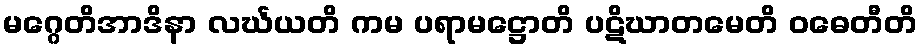
မဂ္ဂေတိအာဒိနာ လင်္ဃယတိ ကမ ပရာမဋ္ဌောတိ ပဋိဃာတမေတိ ဝဓေတီတိ